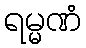
ရမ္မဏံ